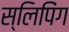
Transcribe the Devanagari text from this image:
स्लिपिंग